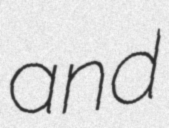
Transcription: and